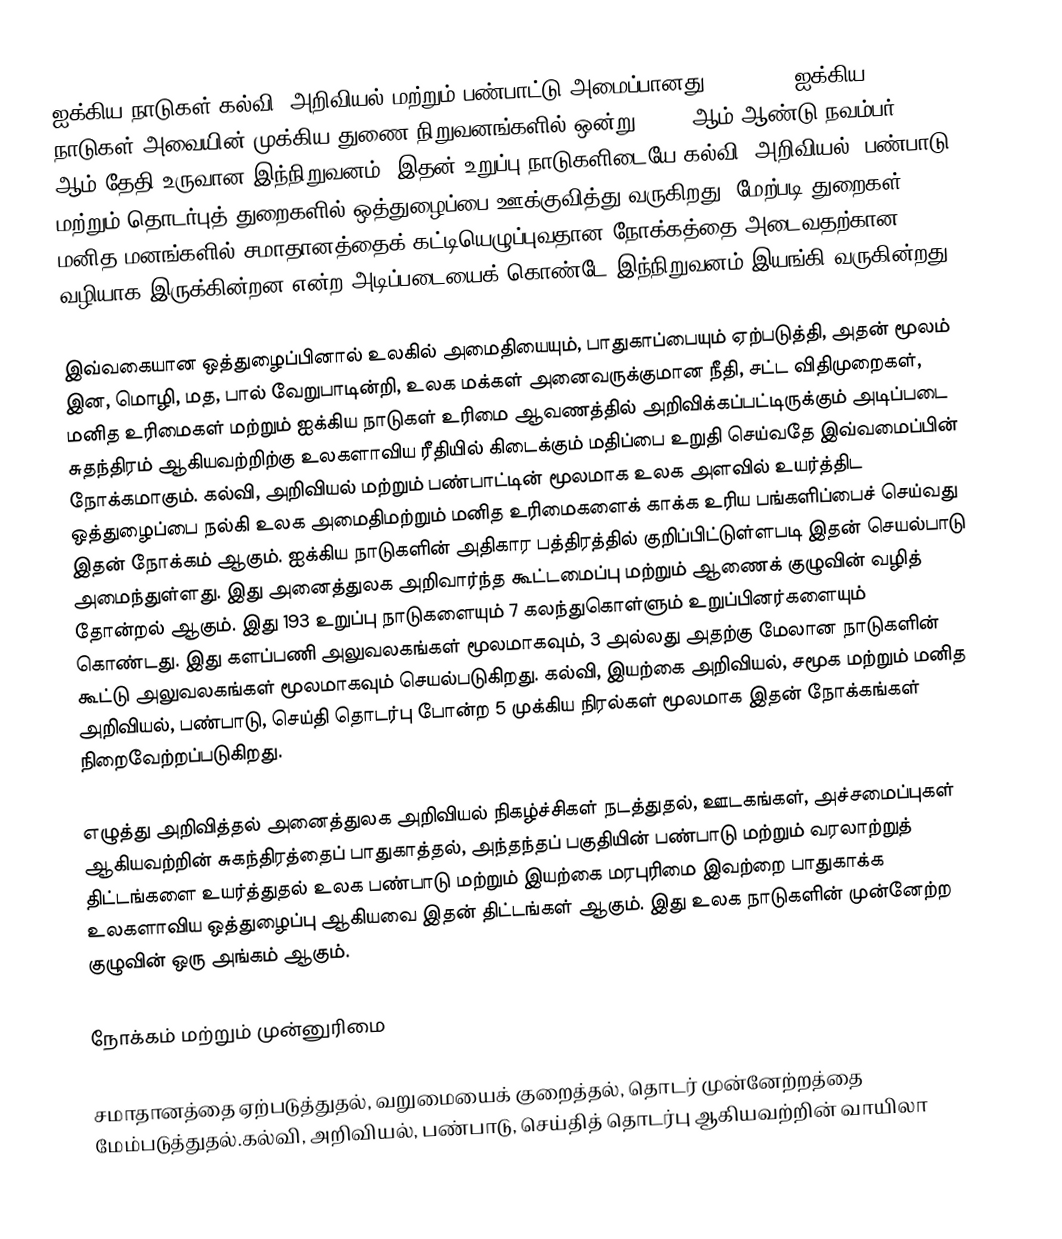
ஐக்கிய நாடுகள் கல்வி, அறிவியல் மற்றும் பண்பாட்டு அமைப்பானது (UNESCO), ஐக்கிய நாடுகள் அவையின் முக்கிய துணை நிறுவனங்களில் ஒன்று. 1945 ஆம் ஆண்டு நவம்பர் 16 ஆம் தேதி உருவான இந்நிறுவனம், இதன் உறுப்பு நாடுகளிடையே கல்வி, அறிவியல், பண்பாடு மற்றும் தொடர்புத் துறைகளில் ஒத்துழைப்பை ஊக்குவித்து வருகிறது. மேற்படி துறைகள், மனித மனங்களில் சமாதானத்தைக் கட்டியெழுப்புவதான நோக்கத்தை அடைவதற்கான வழியாக இருக்கின்றன என்ற அடிப்படையைக் கொண்டே இந்நிறுவனம் இயங்கி வருகின்றது.

இவ்வகையான ஒத்துழைப்பினால் உலகில் அமைதியையும், பாதுகாப்பையும் ஏற்படுத்தி, அதன் மூலம் இன, மொழி, மத, பால் வேறுபாடின்றி, உலக மக்கள் அனைவருக்குமான நீதி, சட்ட விதிமுறைகள், மனித உரிமைகள் மற்றும் ஐக்கிய நாடுகள் உரிமை ஆவணத்தில் அறிவிக்கப்பட்டிருக்கும் அடிப்படை சுதந்திரம் ஆகியவற்றிற்கு உலகளாவிய ரீதியில் கிடைக்கும் மதிப்பை உறுதி செய்வதே இவ்வமைப்பின் நோக்கமாகும். கல்வி, அறிவியல் மற்றும் பண்பாட்டின் மூலமாக உலக அளவில் உயர்த்திட ஒத்துழைப்பை நல்கி உலக அமைதிமற்றும் மனித உரிமைகளைக் காக்க உரிய பங்களிப்பைச் செய்வது இதன் நோக்கம் ஆகும். ஐக்கிய நாடுகளின் அதிகார பத்திரத்தில் குறிப்பிட்டுள்ளபடி இதன் செயல்பாடு அமைந்துள்ளது. இது அனைத்துலக அறிவார்ந்த கூட்டமைப்பு மற்றும் ஆணைக் குழுவின் வழித் தோன்றல் ஆகும். இது 193 உறுப்பு நாடுகளையும் 7 கலந்துகொள்ளும் உறுப்பினர்களையும் கொண்டது. இது களப்பணி அலுவலகங்கள் மூலமாகவும், 3 அல்லது அதற்கு மேலான நாடுகளின் கூட்டு அலுவலகங்கள் மூலமாகவும் செயல்படுகிறது. கல்வி, இயற்கை அறிவியல், சமூக மற்றும் மனித அறிவியல், பண்பாடு, செய்தி தொடர்பு போன்ற 5 முக்கிய நிரல்கள் மூலமாக இதன் நோக்கங்கள் நிறைவேற்றப்படுகிறது.

எழுத்து அறிவித்தல் அனைத்துலக அறிவியல் நிகழ்ச்சிகள் நடத்துதல், ஊடகங்கள், அச்சமைப்புகள் ஆகியவற்றின் சுகந்திரத்தைப் பாதுகாத்தல், அந்தந்தப் பகுதியின் பண்பாடு மற்றும் வரலாற்றுத் திட்டங்களை உயர்த்துதல் உலக பண்பாடு மற்றும் இயற்கை மரபுரிமை இவற்றை பாதுகாக்க உலகளாவிய ஒத்துழைப்பு ஆகியவை இதன் திட்டங்கள் ஆகும். இது உலக நாடுகளின் முன்னேற்ற குழுவின் ஒரு அங்கம் ஆகும்.

நோக்கம் மற்றும் முன்னுரிமை

சமாதானத்தை ஏற்படுத்துதல், வறுமையைக் குறைத்தல், தொடர் முன்னேற்றத்தை மேம்படுத்துதல்.கல்வி, அறிவியல், பண்பாடு, செய்தித் தொடர்பு ஆகியவற்றின் வாயிலா